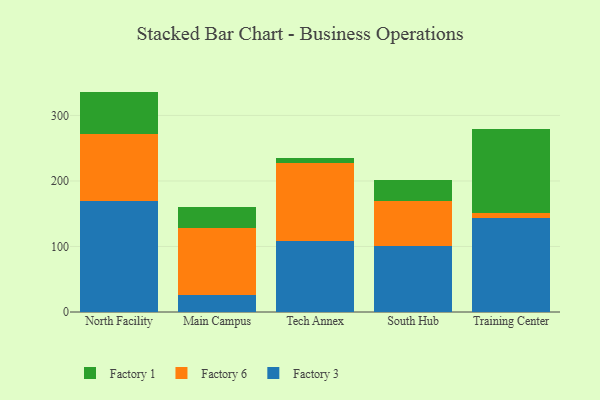
{"axis": {"x": "Campus", "y": "Net Income (USD K)"}, "legend": ["Factory 1", "Factory 3", "Factory 6"], "data": [{"x": "North Facility", "y": 169.6, "type": "Factory 3"}, {"x": "North Facility", "y": 101.9, "type": "Factory 6"}, {"x": "North Facility", "y": 64.9, "type": "Factory 1"}, {"x": "Main Campus", "y": 26.4, "type": "Factory 3"}, {"x": "Main Campus", "y": 101.1, "type": "Factory 6"}, {"x": "Main Campus", "y": 32.3, "type": "Factory 1"}, {"x": "Tech Annex", "y": 108.3, "type": "Factory 3"}, {"x": "Tech Annex", "y": 119.5, "type": "Factory 6"}, {"x": "Tech Annex", "y": 8.0, "type": "Factory 1"}, {"x": "South Hub", "y": 101.1, "type": "Factory 3"}, {"x": "South Hub", "y": 68.2, "type": "Factory 6"}, {"x": "South Hub", "y": 32.8, "type": "Factory 1"}, {"x": "Training Center", "y": 144.0, "type": "Factory 3"}, {"x": "Training Center", "y": 7.3, "type": "Factory 6"}, {"x": "Training Center", "y": 127.7, "type": "Factory 1"}]}